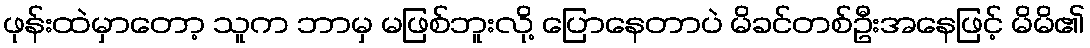
ဖုန်းထဲမှာတော့ သူက ဘာမှ မဖြစ်ဘူးလို့ ပြောနေတာပဲ မိခင်တစ်ဦးအနေဖြင့် မိမိ၏